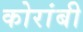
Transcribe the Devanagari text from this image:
कोरांबी